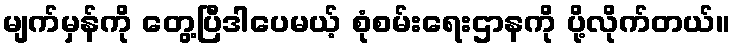
မျက်မှန်ကို တွေ့ပြီဒါပေမယ့် စုံစမ်းရေးဌာနကို ပို့လိုက်တယ်။